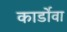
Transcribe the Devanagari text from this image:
कार्डोवा